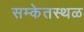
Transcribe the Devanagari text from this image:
सम्केतस्थळ